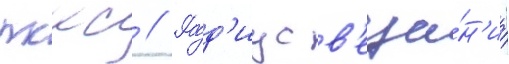
лккс // Ра́д'иус в'еща́н'иа